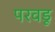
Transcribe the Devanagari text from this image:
परवडू